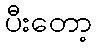
ပီးတော့